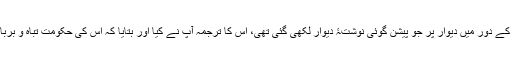
بادشاہ بیلشضّر کے دور میں دیوار پر جو پیشن گوئی نوشتۂ دیوار لکھی گئی تھی، اس کا ترجمہ آپ نے کیا اور بتایا کہ اس کی حکومت تباہ و برباد ہو جائے گی۔